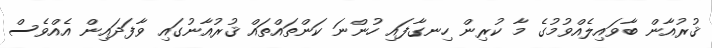
ޤުރުއާން ބާވައިލެއްވުމުގެ މާ ކުރިން ހިނގާފައި ހުންނަ ކަންތައްތައް ޤުރުއާނުގައި ވާފަދައިން އެއްވެސް